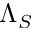
\Lambda _ { S }